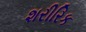
શરીરિક